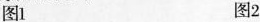
图1 图2